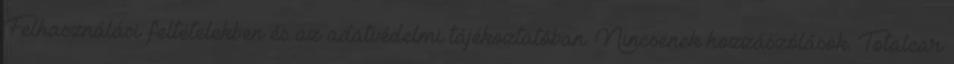
Felhasználási feltételekben és az adatvédelmi tájékoztatóban. Nincsenek hozzászólások. Totalcar